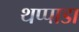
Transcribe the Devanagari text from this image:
थप्पाडा